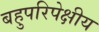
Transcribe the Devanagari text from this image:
बहुपरिपेक्षीय